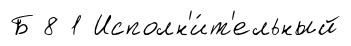
Б 8 1 Исполн'и́т'ельный